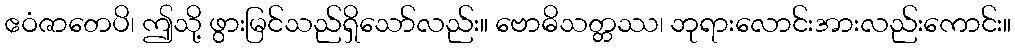
ဧဝံဇာတေပိ၊ ဤသို့ ဖွားမြင်သည်ရှိသော်လည်း။ ဗောဓိသတ္တဿ၊ ဘုရားလောင်းအားလည်းကောင်း။